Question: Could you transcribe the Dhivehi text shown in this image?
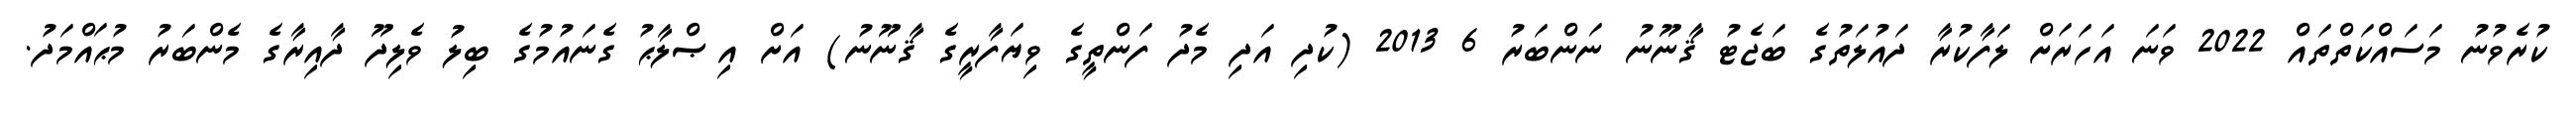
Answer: ކުރެވުނު މަސައްކަތްތައް 2022 ވަނަ އަހަރަށް ލަފާކުރާ ދައުލަތުގެ ބަޖެޓު ޤާނޫނު ނަންބަރު 6 2013 (ކުދި އަދި މެދު ފަންތީގެ ވިޔަފާރީގެ ޤާނޫނު) އަށް އިޞްލާޙު ގެނައުމުގެ ބިލު ވެލިދޫ ދާއިރާގެ މެންބަރު މުޙައްމަދު.